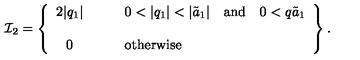
{ \cal I } _ { 2 } = \left\{ \begin{array} { c l } { 2 | q _ { 1 } | } & { \qquad 0 < | q _ { 1 } | < | \tilde { a } _ { 1 } | \quad \mathrm { a n d } \quad 0 < q \tilde { a } _ { 1 } } \\ { } & { } \\ { 0 } & { \qquad \mathrm { o t h e r w i s e } } \\ \end{array} \right\} .